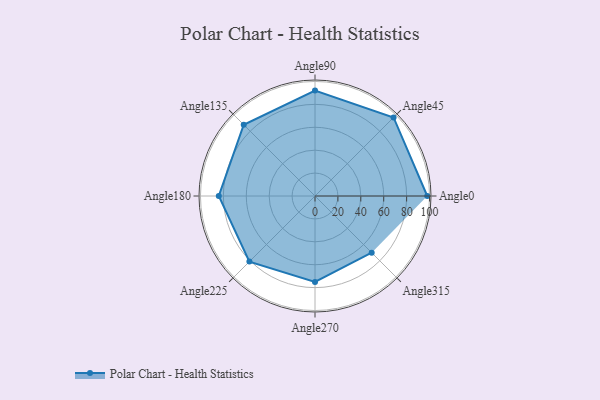
{"axis": {"x": "Angle", "y": "Radius"}, "legend": [""], "data": [{"x": "Angle0", "y": 98.0, "type": ""}, {"x": "Angle45", "y": 97.0, "type": ""}, {"x": "Angle90", "y": 92.0, "type": ""}, {"x": "Angle135", "y": 88.0, "type": ""}, {"x": "Angle180", "y": 84.0, "type": ""}, {"x": "Angle225", "y": 81.0, "type": ""}, {"x": "Angle270", "y": 75.0, "type": ""}, {"x": "Angle315", "y": 70.0, "type": ""}]}